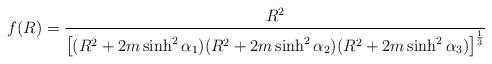
LaTeX: \begin{align*}f(R) = \frac{R^2}{\left[(R^2+2m \sinh^2\alpha_1) (R^2+2m \sinh^2\alpha_2)(R^2+2m \sinh^2\alpha_3)\right]^{\frac13}}\end{align*}